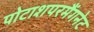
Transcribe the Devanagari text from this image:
पोटाशपरमैंगनेट